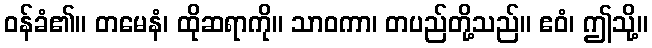
ဝန်ခံ၏။ တမေနံ၊ ထိုဆရာကို။ သာဝကာ၊ တပည်တို့သည်။ ဧဝံ၊ ဤသို့။